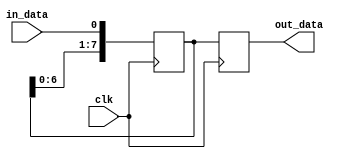
module serial_in_parallel_out(
    input clk,
    input in_data,
    output reg [7:0] out_data
);

reg [7:0] data_reg;

always @(posedge clk) begin
    data_reg <= {data_reg[6:0], in_data};
    out_data <= data_reg;
end

endmodule